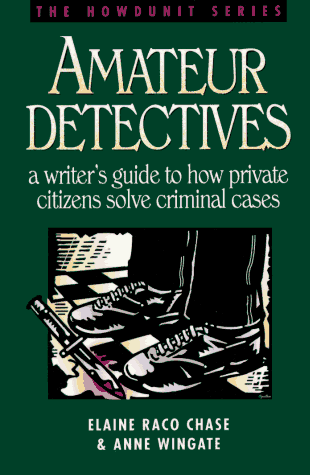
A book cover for Amateur Detectives: A Writer's Guide to How Private Citizens Solve Criminal Cases (Howdunit Writing); Elaine Raco Chase; Mystery, Thriller & Suspense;